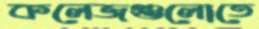
কলেজগুলোতে